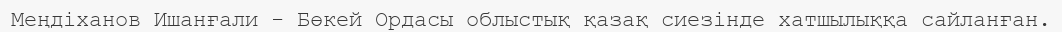
Меңдіханов Ишанғали - Бөкей Ордасы облыстық қазақ сиезінде хатшылыққа сайланған.